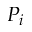
P _ { i }